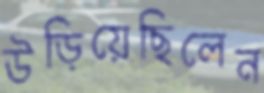
উড়িয়েছিলেন